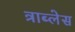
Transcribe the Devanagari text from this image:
त्राब्लेस